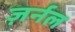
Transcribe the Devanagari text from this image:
ज़र्नल